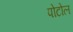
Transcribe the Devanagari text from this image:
पोटोल